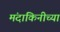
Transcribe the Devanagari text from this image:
मंदाकिनीच्या